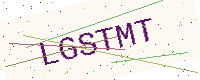
Text: LGSTMT